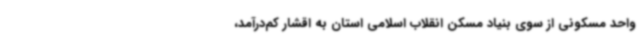
واحد مسکونی از سوی بنیاد مسکن انقلاب اسلامی استان به اقشار کم‌درآمد،